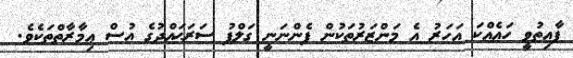
ފާއިތުވީ ހައެއްކަ އަހަރު އެ މަންޒަރުތަކުން ފެންނަނީ ގަލްފު ސަރަޙައްދުގެ އުސް ޢިމާރާތްތަކެވެ.